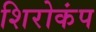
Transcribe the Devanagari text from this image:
शिरोकंप